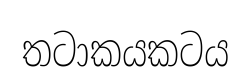
තටාකයකටය